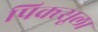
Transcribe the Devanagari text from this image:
पिक्त्सूला